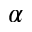
\alpha